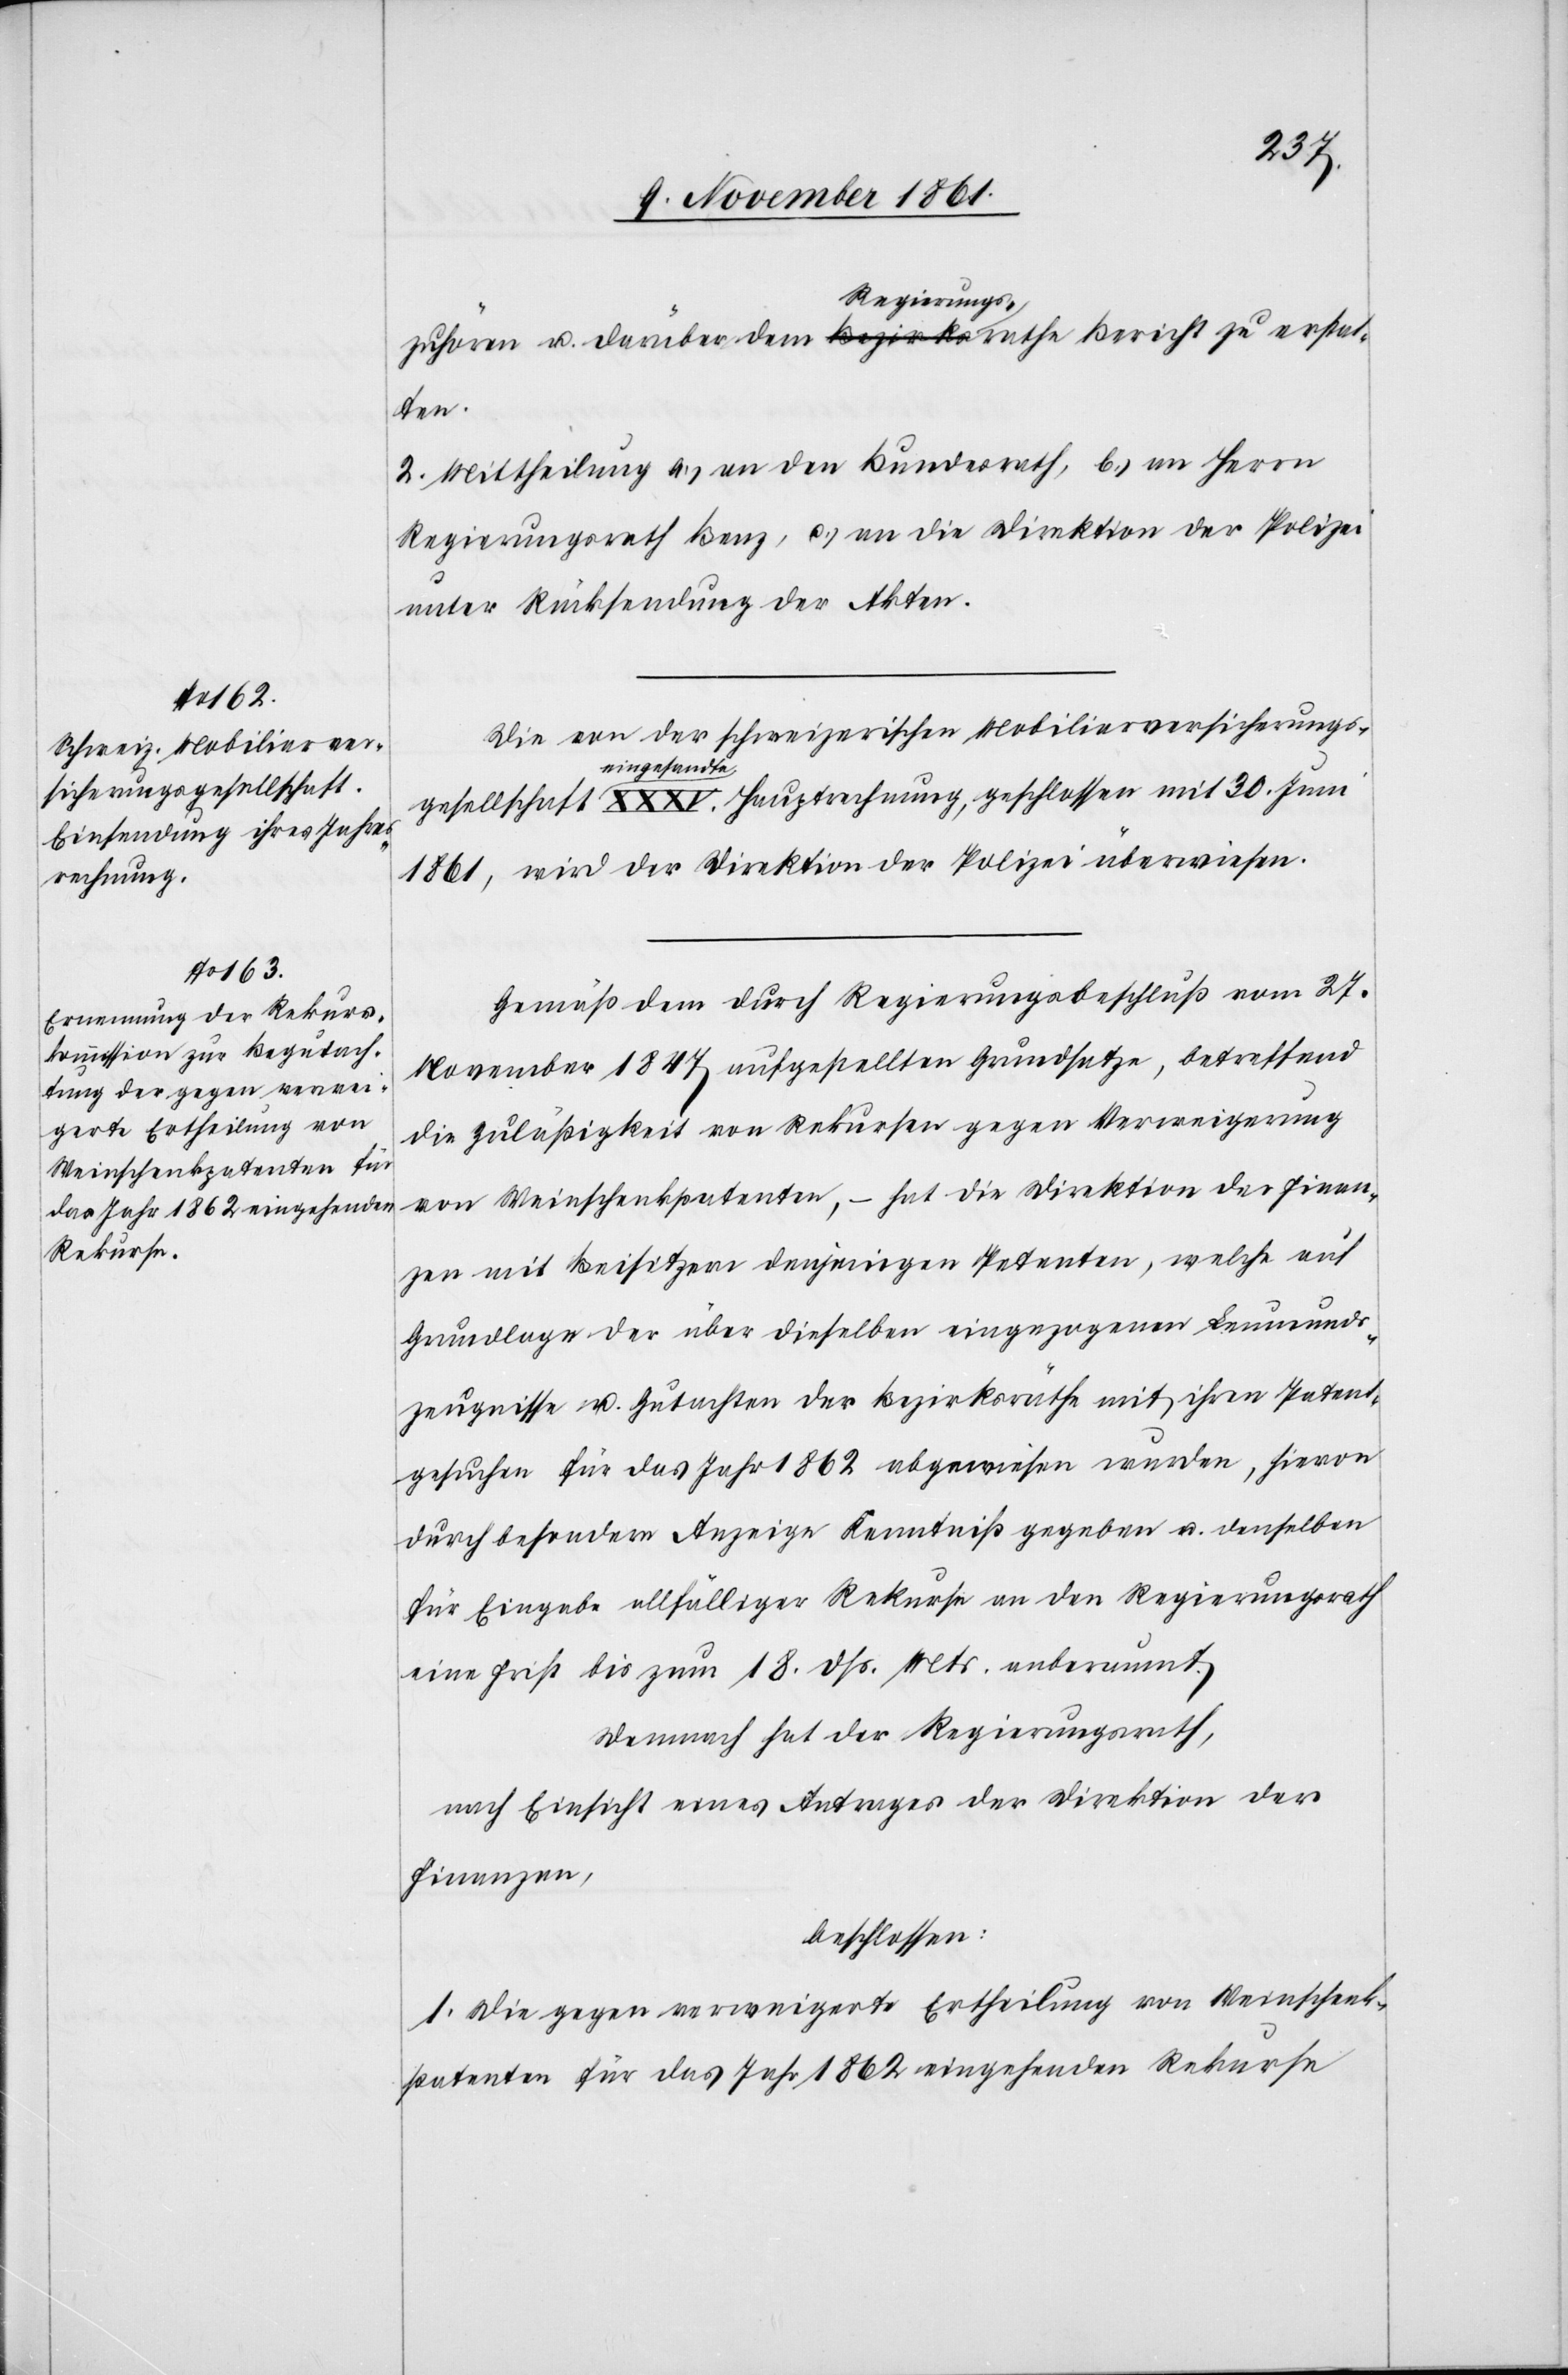
zuhören u. darüber dem Regierungsrathe Bericht zu erstat¬
ten.
2. Mittheilung a.) an den Bundesrath, b.) an Herrn
Regierungsrath Benz, c.) an die Direktion der Polizei
unter Rückstellung der Akten.
Die von der schweizerischen Mobiliarversicherungs¬
gesellschaft eingesandte XXXV. Hauptrechnung, geschlossen mit 30 Juni
1861, wird der Direktion der Polizei überwiesen.
Gemäß dem durch Regierungsbeschluß vom 27
November 1847 aufgestellten Grundsatze, betreffend
die Zuläßigkeit von Rekursen gegen Verweigerung
von Weinschenkpatenten, – hat die Direktion der Finan¬
zen mit Beisitzern denjenigen Petenten, welche auf
Grundlage der über dieselben eingezogenen Leumunds¬
zeugnisse u. Gutachten der Bezirksräthe mit ihren Patent¬
gesuchen für das Jahr 1862 abgewiesen wurden, hievon
durch besondere Anzeige Kenntniß gegeben u. denselben
für Eingabe allfälliger Rekurse an den Regierungsrath
eine Frist bis zum 18 dß. Mts. anberaumt.
Demnach hat der Regierungsrath,
nach Einsicht eines Antrages der Direktion der
Finanzen,
beschlossen:
1. Die gegen verweigerte Ertheilung von Weinschenk¬
patenten für das Jahr 1862 eingehenden Rekurse